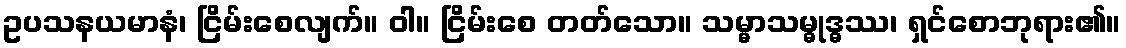
ဥပသနယမာနံ၊ ငြိမ်းစေလျက်။ ဝါ။ ငြိမ်းစေ တတ်သော။ သမ္မာသမ္ဓုဒ္ဓဿ၊ ရှင်စောဘုရား၏။